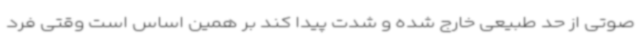
صوتی از حد طبیعی خارج شده و شدت پیدا کند بر همین اساس است وقتی فرد